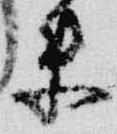
来